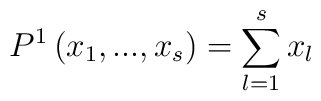
P^1 \left( x_1,...,x_s \right) = \sum\limits_{l=1}^s x_l